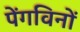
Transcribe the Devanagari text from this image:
पेंगविनों